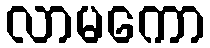
လာမကော